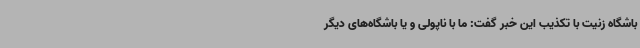
باشگاه زنیت با تکذیب این خبر گفت: ما با ناپولی و یا باشگاه‌های دیگر